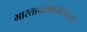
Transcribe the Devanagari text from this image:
भारताच्याकर्नाटकच्या